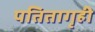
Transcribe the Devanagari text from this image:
पतितागृही